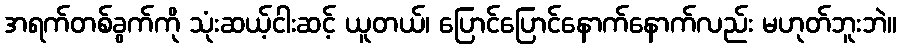
အရက်တစ်ခွက်ကို သုံးဆယ့်ငါးဆင့် ယူတယ်၊ ပြောင်ပြောင်နောက်နောက်လည်း မဟုတ်ဘူးဘဲ။